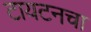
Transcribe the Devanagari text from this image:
टायटनचा